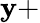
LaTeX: \mathbf{y}+